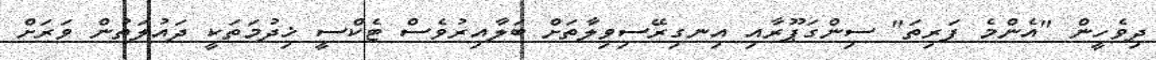
ދިވެހީން "އެންމެ ފަރިތަ" ސިންގަޕޫރާއި އިނގިރޭސިވިލާތަށް ބަލާއިރުވެސް ޓެކްސީ ޚިދުމަތަކީ ދައުލަތުން ވަރަށް